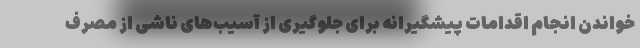
خواندن انجام اقدامات پیشگیرانه برای جلوگیری از آسیب‌های ناشی از مصرف